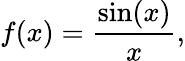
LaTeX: f(x)={\frac{\sin(x)}{x}},